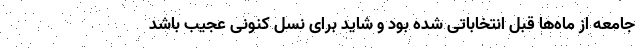
جامعه از ماه‌ها قبل انتخاباتی شده بود و شاید برای نسل کنونی عجیب باشد